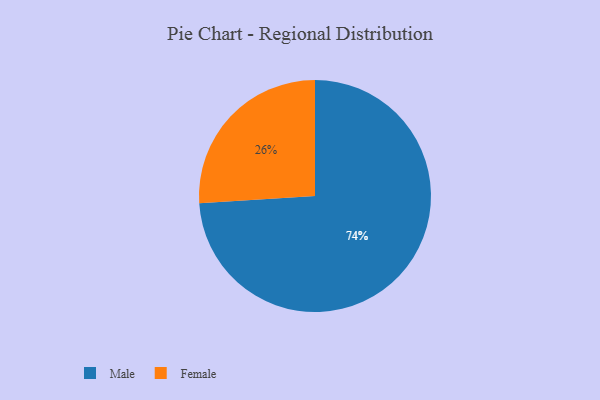
{"axis": {"x": "Category", "y": "Percentage"}, "legend": ["Female", "Male"], "data": [{"x": "Female", "y": 26, "type": "Female"}, {"x": "Male", "y": 74, "type": "Male"}]}